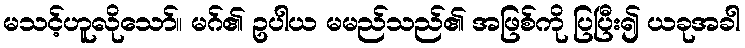
မသင့်ဟူလိုသော်။ မဂ်၏ ဥပါယ မမည်သည်၏ အဖြစ်ကို ပြပြီး၍ ယခုအခါ